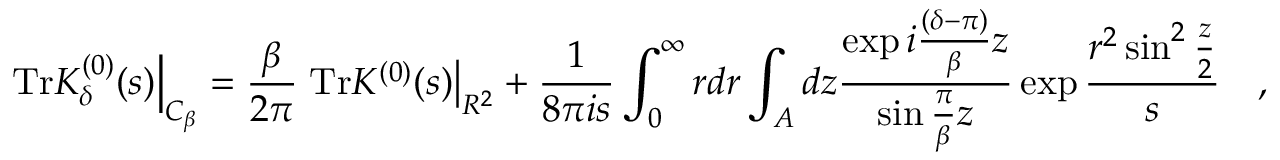
\left. \mathrm { T r } K _ { \delta } ^ { ( 0 ) } ( s ) \right| _ { { \cal C } _ { \beta } } = { \frac { \beta } { 2 \pi } } \left. \mathrm { T r } K ^ { ( 0 ) } ( s ) \right| _ { R ^ { 2 } } + { \frac { 1 } { 8 \pi i s } } \int _ { 0 } ^ { \infty } r d r \int _ { A } d z { \frac { \exp i { \frac { ( \delta - \pi ) } { \beta } } z } { \sin { \frac { \pi } { \beta } } z } } \exp { \frac { r ^ { 2 } \sin ^ { 2 } { \frac { z } { 2 } } } { s } } ~ ~ ~ ,